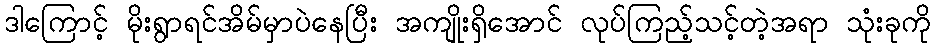
ဒါကြောင့် မိုးရွာရင်အိမ်မှာပဲနေပြီး အကျိုးရှိအောင် လုပ်ကြည့်သင့်တဲ့အရာ သုံးခုကို